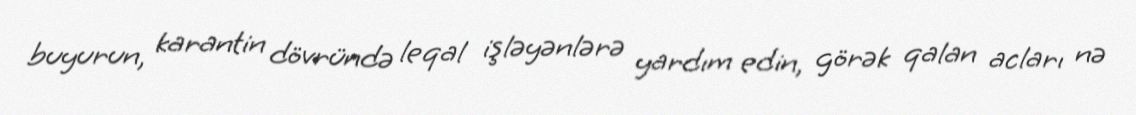
buyurun, karantin dövründə leqal işləyənlərə yardım edin, görək qalan acları nə